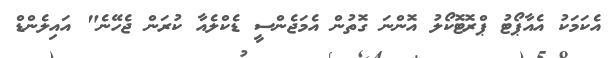
އެކަމަކު އެއާޕޯޓު ޕްރޮޓޮކޯލު އޮންނަ ގޮތުން އެމަޖެންސީ ޑެކްލެއާ ކުރަން ޖެހޭނެ" އައިލެންޑް